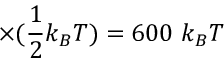
\times ( \frac { 1 } { 2 } k _ { B } T ) = 6 0 0 ~ k _ { B } T